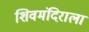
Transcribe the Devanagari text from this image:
शिवमंदिराला